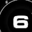
Digit: 6